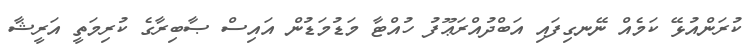
ކުރަންއުޅޭ ކަމެއް ނޭނގިފައި އަބްދުއްރަޢޫފު ހުއްޓާ މަޑުމަޑުން އައިސް ޞާބިރާގެ ކުރިމަތީ އަރީޝާ